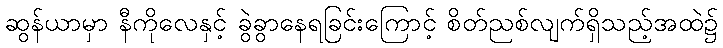
ဆွန်ယာမှာ နီကိုလေနှင့် ခွဲခွာနေရခြင်းကြောင့် စိတ်ညစ်လျက်ရှိသည့်အထဲ၌